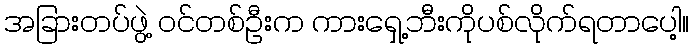
အခြားတပ်ဖွဲ့ ဝင်တစ်ဦးက ကားရှေ့ဘီးကိုပစ်လိုက်ရတာပေါ့။